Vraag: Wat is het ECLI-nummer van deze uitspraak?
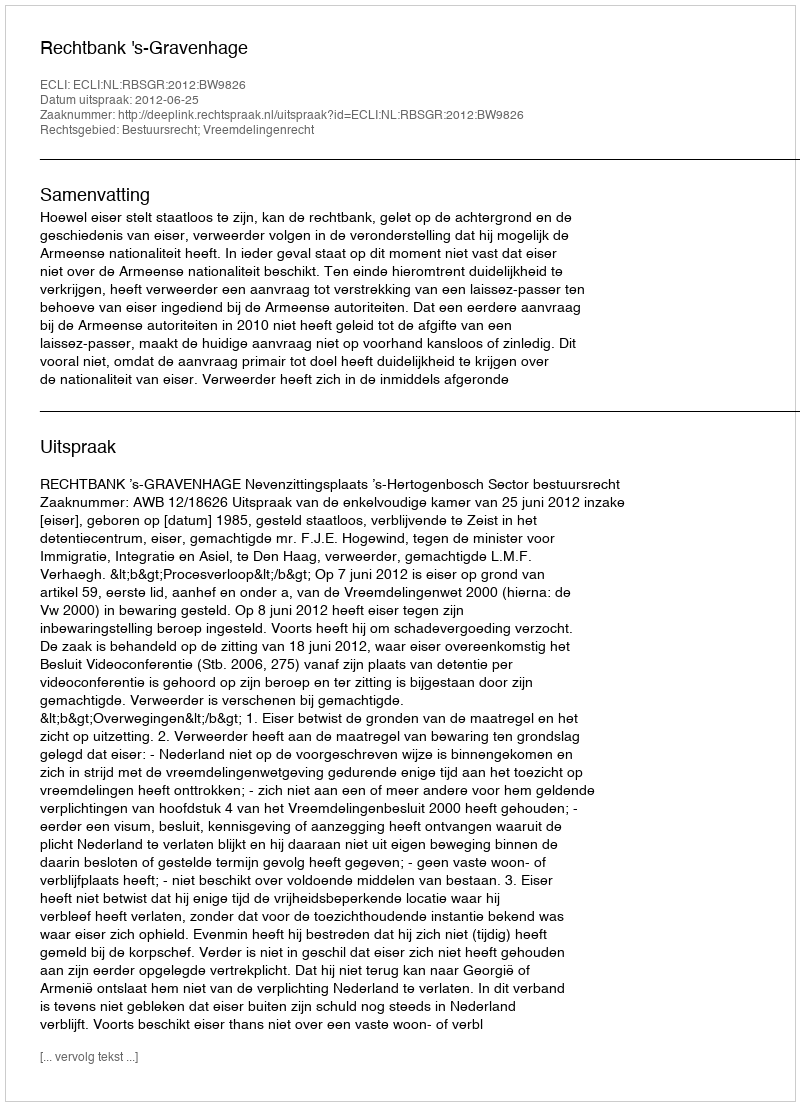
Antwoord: ECLI:NL:RBSGR:2012:BW9826